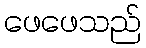
ဖေဖေသည်